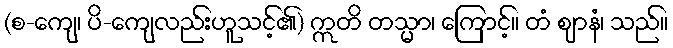
(စ-ကျေ၊ ပိ-ကျေလည်းဟူသင့်၏) ဣတိ တသ္မာ၊ ကြောင့်။ တံ ဈာနံ၊ သည်။